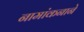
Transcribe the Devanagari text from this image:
नामांकनाने